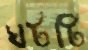
ঘটটি